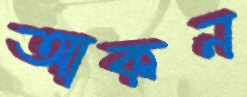
আকন